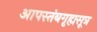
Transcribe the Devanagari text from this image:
आपस्तंबगृह्मसूत्र